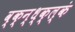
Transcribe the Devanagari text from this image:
व्क्न्ध्क्ल्कं